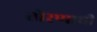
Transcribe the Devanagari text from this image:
तोरणाची